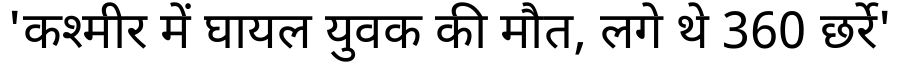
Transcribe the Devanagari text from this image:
'कश्मीर में घायल युवक की मौत, लगे थे 360 छर्रे'